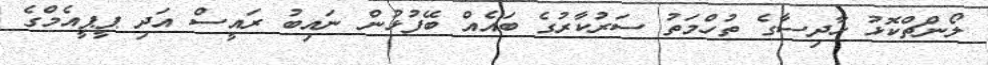
ލޯންޗްކޮޅު ހާދިސާގެ ތުހްމަތު ސަރުކާރުގެ ބައެއް ބޭފުޅުން ނައިބު ރައީސް އަދި ޕީޕީއެމްގެ